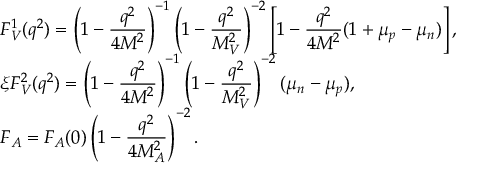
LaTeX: \begin{array} { l } { { F _ { V } ^ { 1 } ( q ^ { 2 } ) = \left( 1 - \frac { \displaystyle q ^ { 2 } } { \displaystyle 4 M ^ { 2 } } \right) ^ { - 1 } \left( 1 - \frac { \displaystyle q ^ { 2 } } { \displaystyle M _ { V } ^ { 2 } } \right) ^ { - 2 } \left[ 1 - \frac { \displaystyle q ^ { 2 } } { \displaystyle 4 M ^ { 2 } } ( 1 + \mu _ { p } - \mu _ { n } ) \right] , } } \\ { { \xi F _ { V } ^ { 2 } ( q ^ { 2 } ) = \left( 1 - \frac { \displaystyle q ^ { 2 } } { \displaystyle 4 M ^ { 2 } } \right) ^ { - 1 } \left( 1 - \frac { \displaystyle q ^ { 2 } } { \displaystyle M _ { V } ^ { 2 } } \right) ^ { - 2 } ( \mu _ { n } - \mu _ { p } ) , } } \\ { { F _ { A } = F _ { A } ( 0 ) \left( 1 - \frac { \displaystyle q ^ { 2 } } { \displaystyle 4 M _ { A } ^ { 2 } } \right) ^ { - 2 } . } } \end{array}